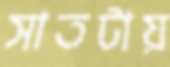
সাতটায়